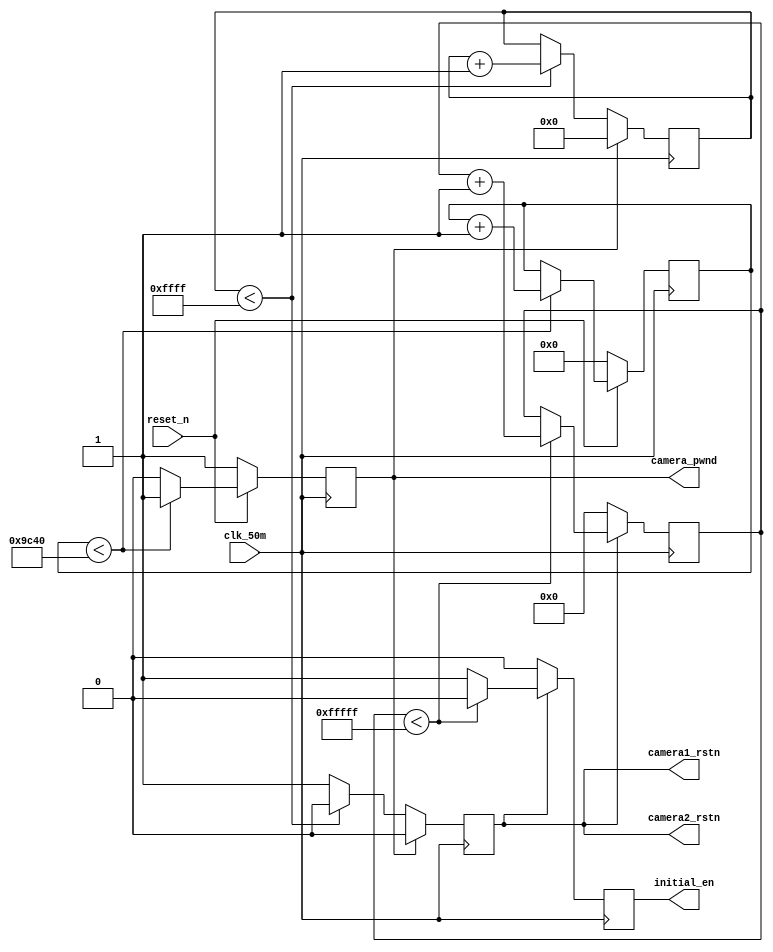
//camera power on timing requirement
module power_on_delay(clk_50m,reset_n,camera1_rstn,camera2_rstn,camera_pwnd,initial_en);                  
input clk_50m;
input reset_n;
output camera1_rstn;
output camera2_rstn;
output camera_pwnd;
output initial_en;
reg [18:0]cnt1;
reg [15:0]cnt2;
reg [19:0]cnt3;
reg initial_en;
reg camera_rstn_reg;
reg camera_pwnd_reg;

assign camera1_rstn=camera_rstn_reg;
assign camera2_rstn=camera_rstn_reg;
assign camera_pwnd=camera_pwnd_reg;

//5ms
always@(posedge clk_50m)
begin
  if(reset_n==1'b0) begin
	    cnt1<=0;
		 camera_pwnd_reg<=1'b1;  
  end
  else if(cnt1<18'd40000) begin
       cnt1<=cnt1+1'b1;
       camera_pwnd_reg<=1'b1;
  end
  else
     camera_pwnd_reg<=1'b0;         
end

//1.3ms
always@(posedge clk_50m)
begin
  if(camera_pwnd_reg==1)  begin
	    cnt2<=0;
		 camera_rstn_reg<=1'b0;  
  end
  else if(cnt2<16'hffff) begin
       cnt2<=cnt2+1'b1;
       camera_rstn_reg<=1'b0;
  end
  else
     camera_rstn_reg<=1'b1;         
end

//21ms
always@(posedge clk_50m)
begin

  if(camera_rstn_reg==0) begin
         cnt3<=0;
         initial_en<=1'b0;
  end
  else if(cnt3<20'hfffff) begin
        cnt3<=cnt3+1'b1;
        initial_en<=1'b0;
  end
  else
       initial_en<=1'b1;    
end

endmodule